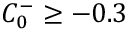
C _ { 0 } ^ { - } \ge - 0 . 3